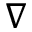
\nabla